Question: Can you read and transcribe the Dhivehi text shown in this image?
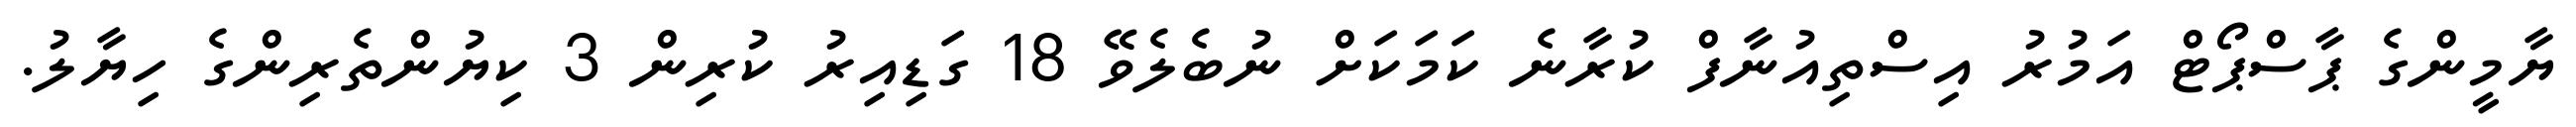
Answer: ޔާމީންގެ ޕާސްޕޯޓް އަމުރު އިސްތިއުނާފް ކުރާނެ ކަމަކަށް ނުބެލެވޭ 18 ގަޑިއިރު ކުރިން 3 ކިޔުންތެރިންގެ ހިޔާލު.